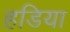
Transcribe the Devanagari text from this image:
हडिया